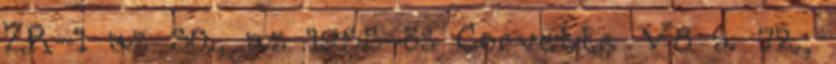
ZR-1 az 50., az 1955-ös Corvette V8 a 72.,